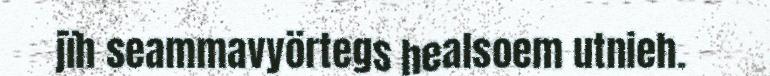
jïh seammavyörtegs healsoem utnieh.